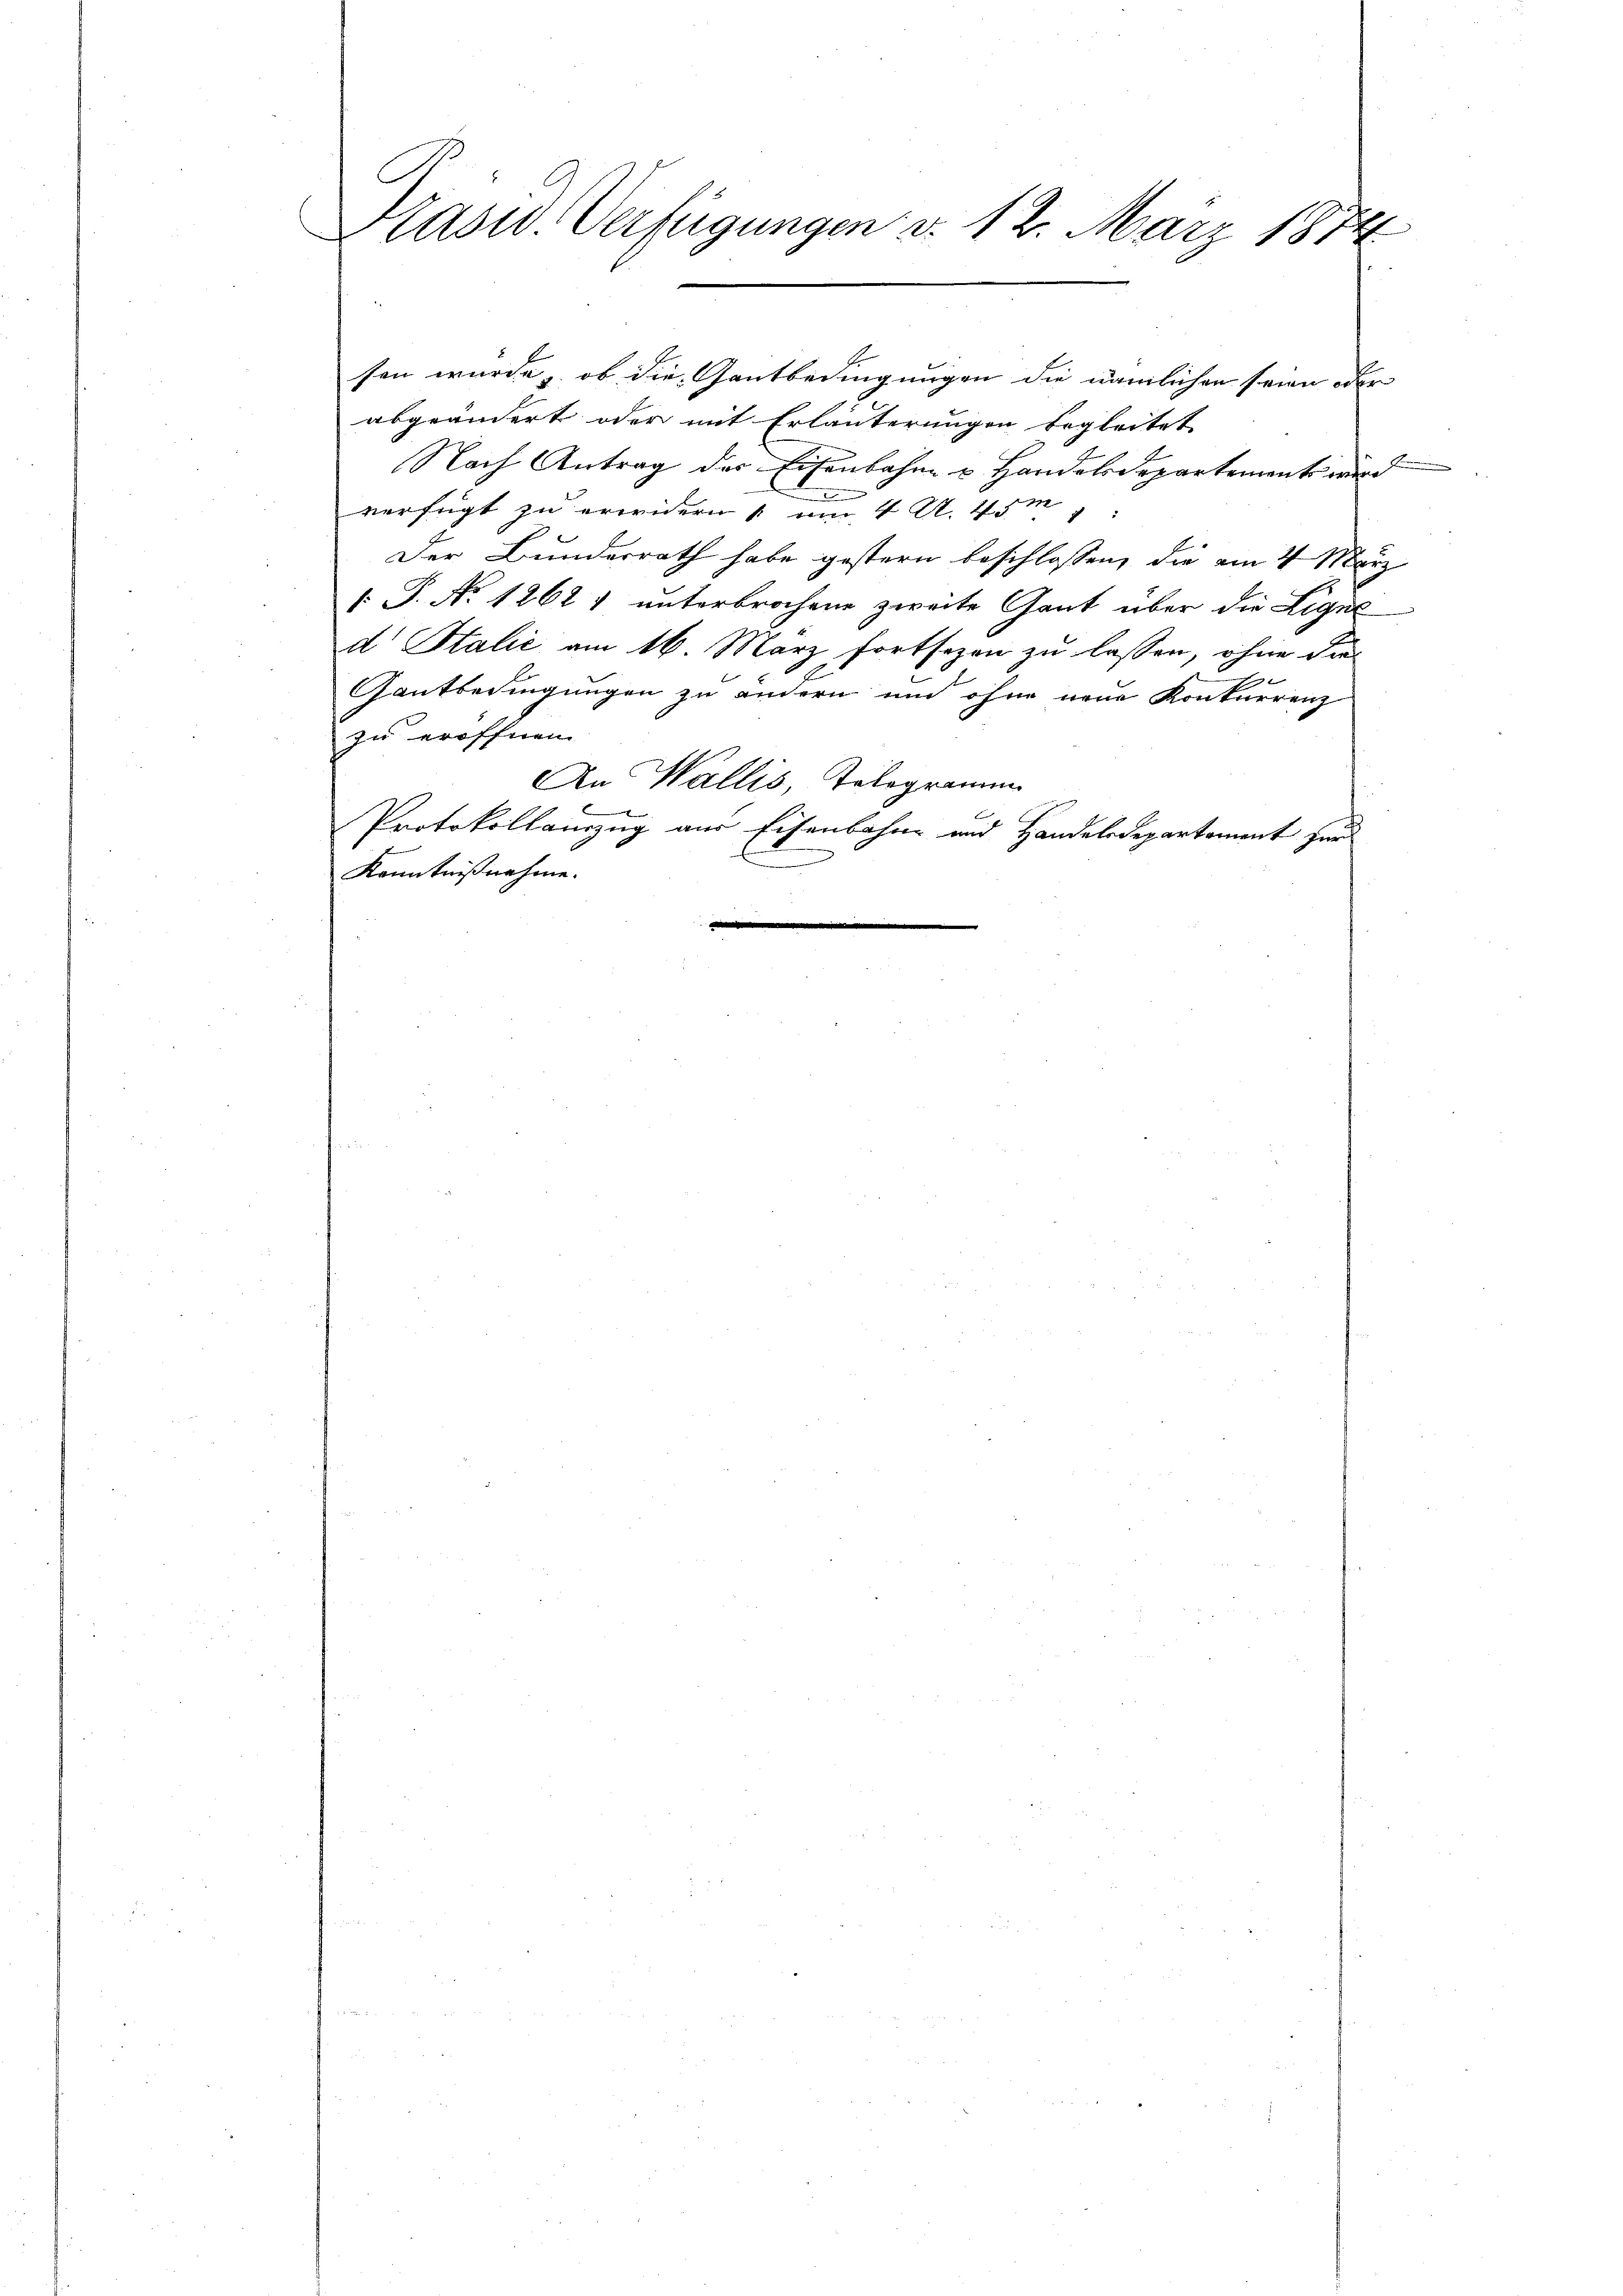
Plasw. Verfügungen d. 12. März 1874

abgeändert oder mit Erläuterungen begleitet
Nach Antrag des Eisenbahne u. Handelsdepartements wird
verfügt zu erwidern um 4 N. 4m
Der Bundesrath habe gestern beschlossen, die am 4. März
 P. No 1262) unterbrochen zweite Gant über die Ligus
d Italić am 16. März fortsezen zu lassen, ohne die
Gantbedingungen zu ändern und ohne neue Konkurrenz
zu eröffnen.
An Wallis, Telegramm
C
Protokollanzug aus Eisenbahne und Handelsdepartement zur
Kenntnißnahme.

sen wurde, ob die Gantbedingungen die nämlichen seien oder